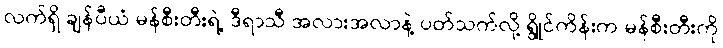
လက်ရှိ ချန်ပီယံ မန်စီးတီးရဲ့ ဒီရာသီ အလားအလာနဲ့ ပတ်သက်လို့ ရွိုင်ကိန်းက မန်စီးတီးကို